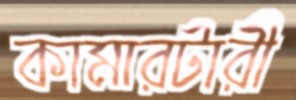
কামারটারী